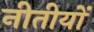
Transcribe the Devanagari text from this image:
नीतीयों